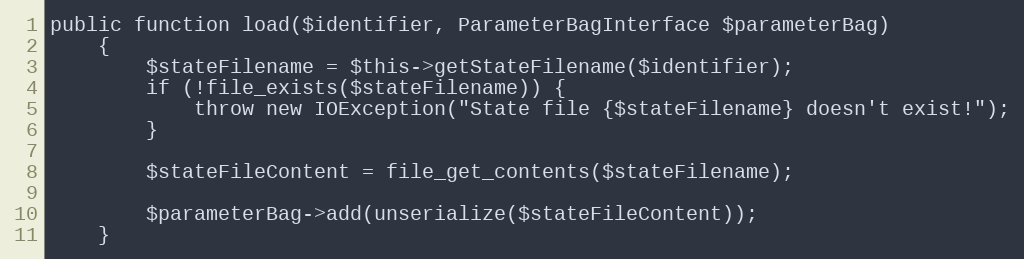
Language: PHP
public function load($identifier, ParameterBagInterface $parameterBag)
    {
        $stateFilename = $this->getStateFilename($identifier);
        if (!file_exists($stateFilename)) {
            throw new IOException("State file {$stateFilename} doesn't exist!");
        }

        $stateFileContent = file_get_contents($stateFilename);

        $parameterBag->add(unserialize($stateFileContent));
    }